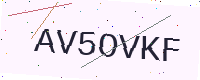
Text: AV5OVKF